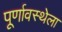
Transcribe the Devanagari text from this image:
पूर्णावस्थेला